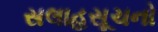
સલાહસૂચનો